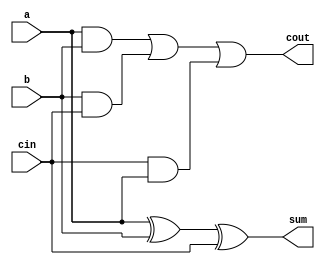
`timescale 1ns / 1ps
//////////////////////////////////////////////////////////////////////////////////
// Company: 
// Engineer: 
// 
// Design Name: 
// Module Name:    two_bit_adder 
// Project Name: 
// Target Devices: 
// Tool versions: 
// Description: 
//
// Dependencies: 
//
// Revision: 
// Revision 0.01 - File Created
// Additional Comments: 
//
//////////////////////////////////////////////////////////////////////////////////
module full_adder(a, b, cin, sum, cout
    );
	 input a, b, cin;
	 output sum, cout;
	 wire sum, cout;
	 assign sum = a^b^cin;
	 assign cout = (a & b) | (b & cin) | (cin & a);
endmodule
module two_bit_adder( x, y, z, carry
    );
	 input [1:0] x;
	 input [1:0] y;
	 output [1:0] z; 
	 output carry;
	 wire [1:0] z; 
	 wire carry;
	 wire carry0;
	 full_adder FA0 (x[0], y[0], 1'b0, z[0], carry0);
	 full_adder FA1 (x[1], y[1], carry0, z[1], carry);
endmodule